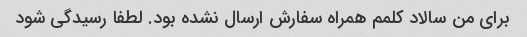
برای من سالاد کلمم همراه سفارش ارسال نشده بود. لطفا رسیدگی شود